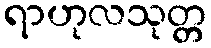
ရာဟုလသုတ္တ